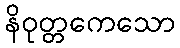
နိဝုတ္တကေသော